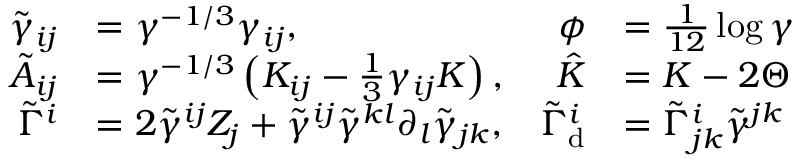
\begin{array} { r l r l } { \tilde { \gamma } _ { i j } } & { = \gamma ^ { - 1 / 3 } \gamma _ { i j } , } & { \phi } & { = \frac { 1 } { 1 2 } \log \gamma } \\ { \tilde { A } _ { i j } } & { = \gamma ^ { - 1 / 3 } \left( K _ { i j } - \frac { 1 } { 3 } \gamma _ { i j } K \right) , } & { \hat { K } } & { = K - 2 \Theta } \\ { \tilde { \Gamma } ^ { i } } & { = 2 \tilde { \gamma } ^ { i j } Z _ { j } + \tilde { \gamma } ^ { i j } \tilde { \gamma } ^ { k l } \partial _ { l } \tilde { \gamma } _ { j k } , } & { \tilde { \Gamma } _ { \mathrm { d } } ^ { i } } & { = \tilde { \Gamma } _ { j k } ^ { i } \tilde { \gamma } ^ { j k } } \end{array}